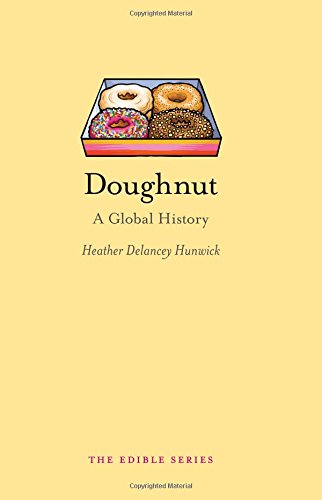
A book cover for Doughnut: A Global History (Edible); Heather Delancey Hunwick; Cookbooks, Food & Wine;